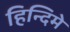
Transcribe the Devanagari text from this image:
हिन्दिमे